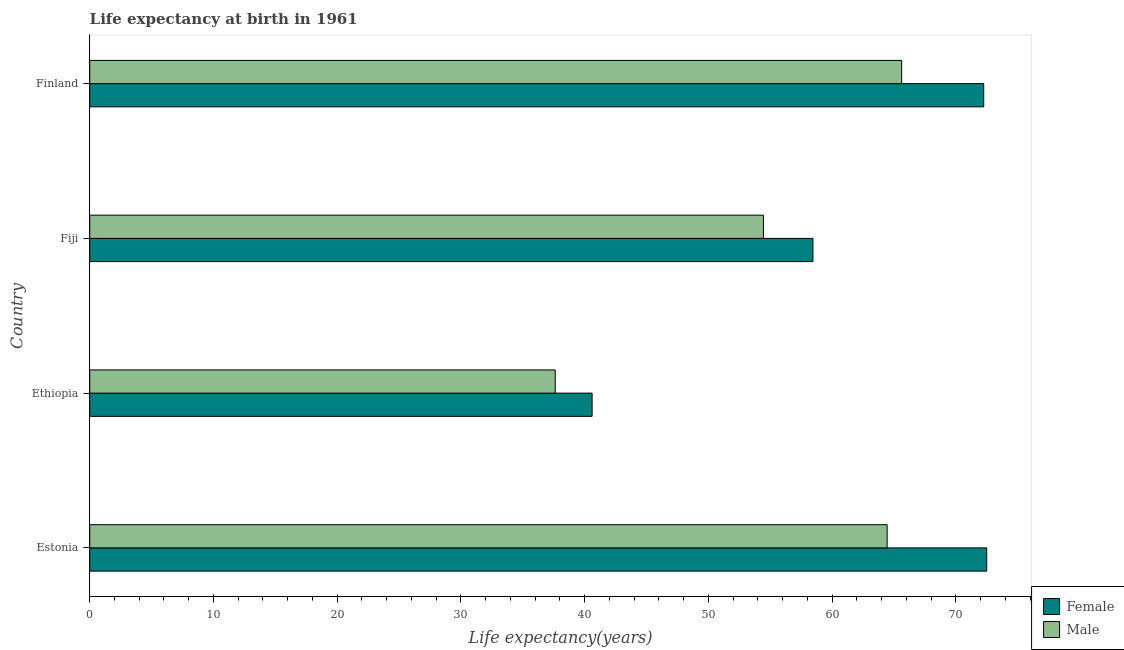
| Country | Female | Male |
 | --- | --- | --- |
 | Estonia | 72.5 | 64.4 |
 | Ethiopia | 40.6 | 37.6 |
 | Fiji | 58.4 | 54.4 |
 | Finland | 72.2 | 65.6 |